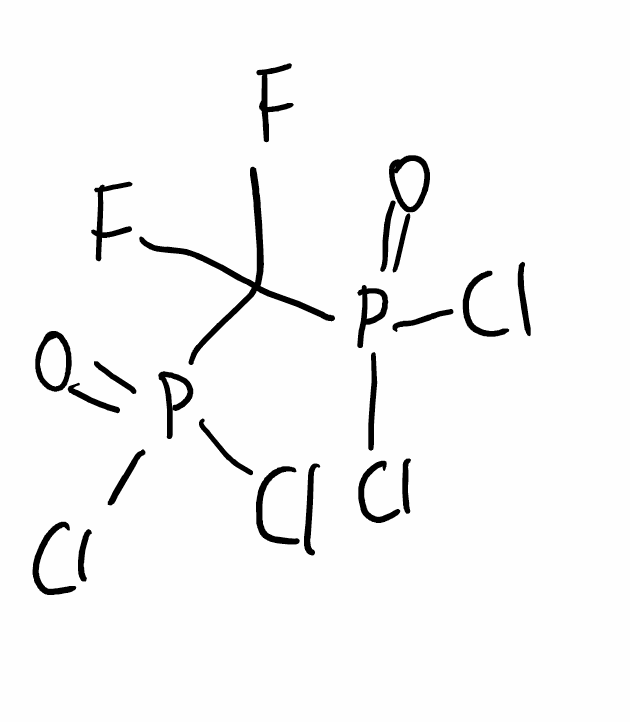
Simplified molecular-input line-entry system (SMILES) notation of the given molecule:
C(F)(F)(P(=O)(Cl)Cl)P(=O)(Cl)Cl